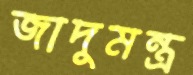
জাদুমন্ত্র